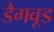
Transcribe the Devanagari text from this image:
डैगवूड